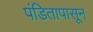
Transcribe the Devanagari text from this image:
पंडितापासून